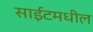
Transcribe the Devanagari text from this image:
साईटमधील